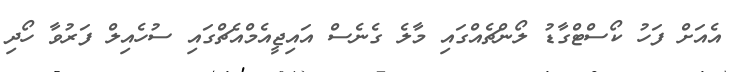
އެއަށް ފަހު ކޯސްޓްގާޑު ލޯންޗެއްގައި މާލެ ގެނެސް އައިޖީއެމްއެޗްގައި ސުހެއިލް ފަރުވާ ހޯދި